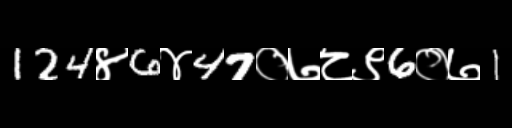
Text: 124४6४47०७८९6०७1